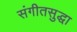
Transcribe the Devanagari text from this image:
संगीतसुद्धा